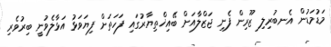
މަޑުމަޑުން އެނބުރިލި ޒޫރިން ފެނި ޖަޒްލާއަށް ބޭއިޚްތިޔާރުގައި ފަހަތަށް ފިޔަވަޅު އަޅާލެވުނީ ބިރުވެރި